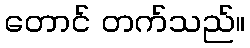
တောင် တက်သည်။